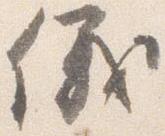
儀